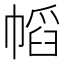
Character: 幍